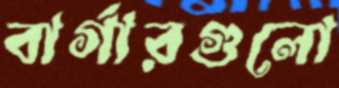
বার্গারগুলো